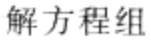
解方程组